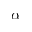
\alpha